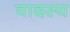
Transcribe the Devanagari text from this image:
वादस्य